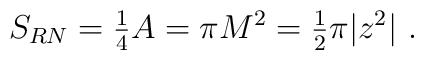
S_{RN} =  {\textstyle\frac{1}{4}} A = \pi M^2  ={\textstyle\frac{1}{2}} \pi |z^2|\ .